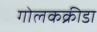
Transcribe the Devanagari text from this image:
गोलकक्रीडा